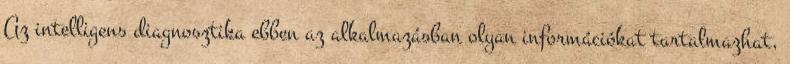
Az intelligens diagnosztika ebben az alkalmazásban olyan információkat tartalmazhat,